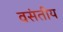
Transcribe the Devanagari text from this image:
वसंतीय